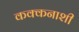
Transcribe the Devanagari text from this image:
कक्कनाशी